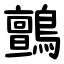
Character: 鸇